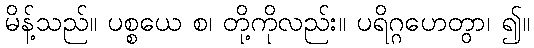
မိန့်သည်။ ပစ္စယေ စ၊ တို့ကိုလည်း။ ပရိဂ္ဂဟေတွာ၊ ၍။